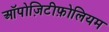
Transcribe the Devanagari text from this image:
ऑपोज़िटीफ़ोलियम